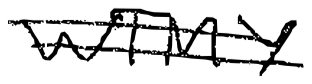
Text: WTMY
Cross-out: double-line
Writing tool: digital_black